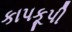
કાપકૂપી